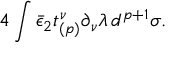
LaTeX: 4 \int \bar { \epsilon } _ { 2 } t _ { ( p ) } ^ { \nu } \partial _ { \nu } \lambda \, d ^ { p + 1 } \sigma .